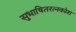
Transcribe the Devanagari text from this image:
सुभाषितरत्नकोश